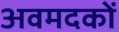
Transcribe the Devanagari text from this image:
अवमदकों